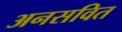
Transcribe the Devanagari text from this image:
अनसवित